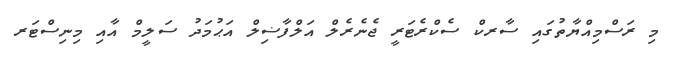
މި ރަސްމިއްޔާތުގައި ސާރކް ސެކްރެޓަރީ ޖެނެރެލް އަލްފާޟިލް އަޙުމަދު ސަލީމް އާއި މިނިސްޓަރ